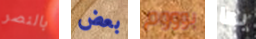
بالنصر بعض بوووم بها